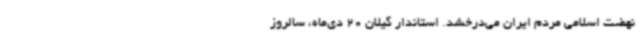
نهضت اسلامی مردم ایران می‌درخشد. استاندار گیلان 20 دی‌ماه، سالروز